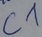
Text: C1